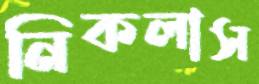
নিকলাস